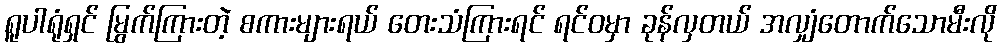
ရူပါရုံရှင် မြွက်ကြားတဲ့ စကားများရယ် တေးသံကြားရင် ရင်ဝမှာ ခုန်လှတယ် အလျှံတောက်သောမီးလို